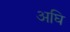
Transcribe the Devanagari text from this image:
अघि